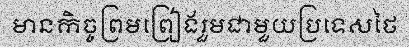
មានកិច្ចព្រមព្រៀងរួមជាមួយប្រទេសថៃ